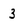
Character: 3